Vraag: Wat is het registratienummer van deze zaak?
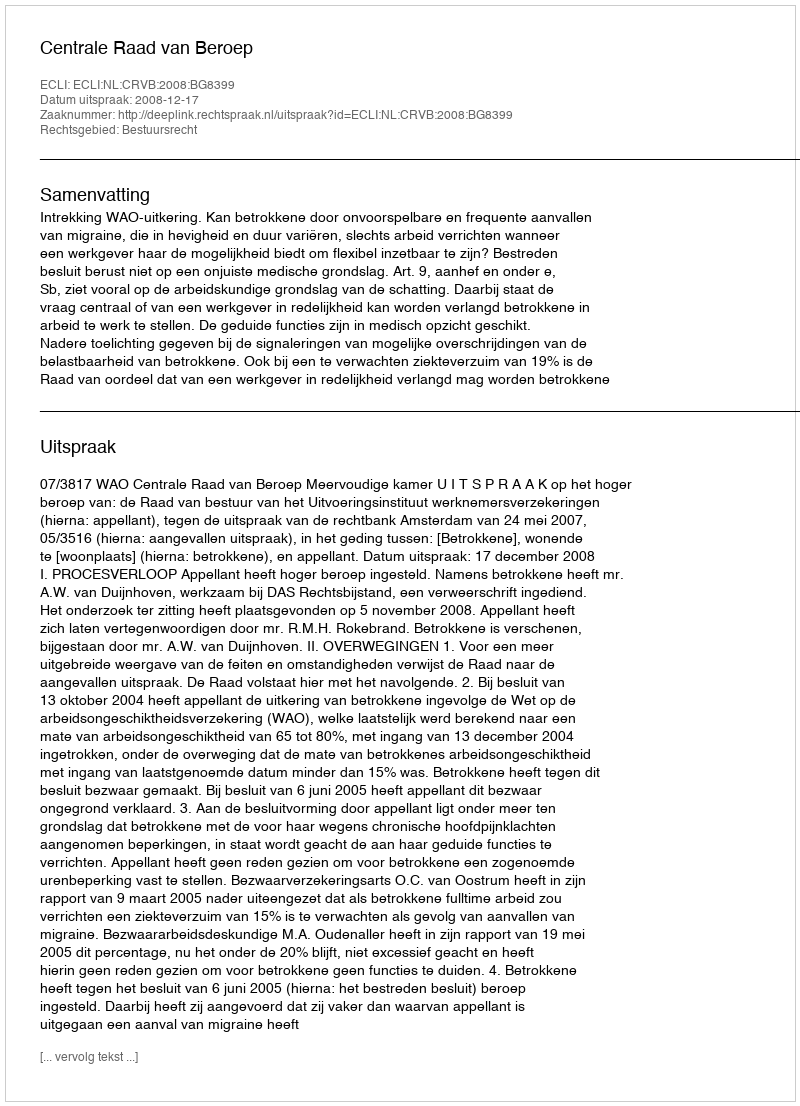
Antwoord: http://deeplink.rechtspraak.nl/uitspraak?id=ECLI:NL:CRVB:2008:BG8399